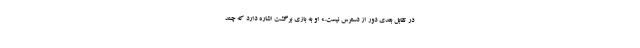
در تقابل بعدی دور از دسترس نیست.» او به بازی برگشت اشاره دارد که چند